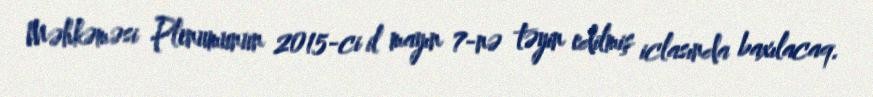
Məhkəməsi Plenumunun 2015-ci il mayın 7-nə təyin edilmiş iclasında baxılacaq.